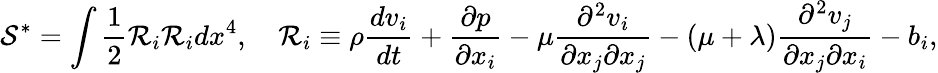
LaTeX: \mathcal{S}^{*}=\int\frac{1}{2}\mathcal{R}_{i}\mathcal{R}_{i}dx^{4},\quad\mathcal{R}_{i}\equiv\rho\frac{dv_{i}}{dt}+\frac{\partial p}{\partial x_{i}}-\mu\frac{\partial^{2}v_{i}}{\partial x_{j}\partial x_{j}}-(\mu+\lambda)\frac{\partial^{2}v_{j}}{\partial x_{j}\partial x_{i}}-b_{i},